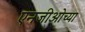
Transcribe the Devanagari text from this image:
एनजीओच्या